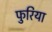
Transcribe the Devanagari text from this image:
फुरिया